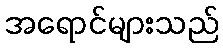
အရောင်များသည်